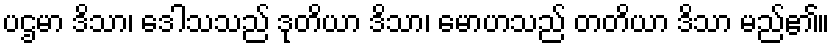
ပဌမာ ဒိသာ၊ ဒေါသသည် ဒုတိယာ ဒိသာ၊ မောဟသည် တတိယာ ဒိသာ မည်၏။